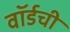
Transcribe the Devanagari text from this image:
वॉर्डची